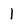
Character: 1